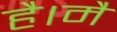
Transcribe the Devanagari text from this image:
है।मै